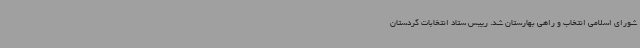
شورای اسلامی انتخاب و راهی بهارستان شد. رییس ستاد انتخابات کردستان